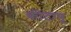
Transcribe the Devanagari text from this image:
कीटाणू